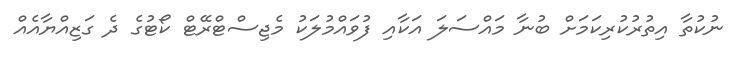
ނުކުތާ އިތުރުކުރިކަމަށް ބުނާ މައްސަލަ އަކާއި ފުވައްމުލަކު މެޖިސްޓްރޭޓް ކޯޓުގެ ދެ ގަޒިއްޔާއެއް